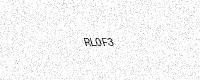
Text: RL0F3